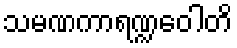
သမဏကာရဏ္ဍဝေါတိ